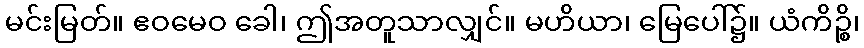
မင်းမြတ်။ ဧဝမေဝ ခေါ၊ ဤအတူသာလျှင်။ မဟိယာ၊ မြေပေါ်၌။ ယံကိဉ္စိ၊